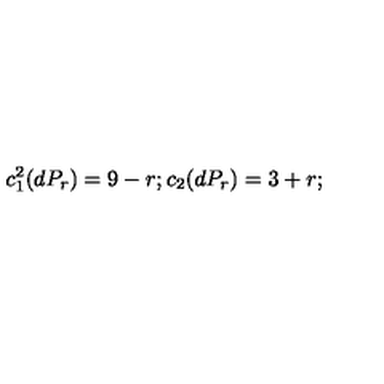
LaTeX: c _ { 1 } ^ { 2 } ( d P _ { r } ) = 9 - r ; c _ { 2 } ( d P _ { r } ) = 3 + r ;